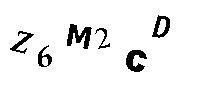
Z6M2CD